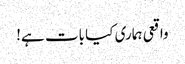
واقعی ہماری کیا بات ہے!